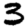
Digit: 3